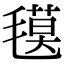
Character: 氁